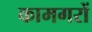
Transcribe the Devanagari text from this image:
कामगरों